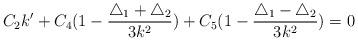
LaTeX: \begin{align*}C_2k'+C_4(1-\frac{\triangle_1 +\triangle_2}{3k^2})+C_5(1-\frac{\triangle_1 -\triangle_2}{3k^2})=0\end{align*}